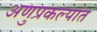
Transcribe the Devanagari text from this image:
अणुप्रकल्पांत